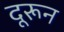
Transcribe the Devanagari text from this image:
दूरून